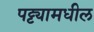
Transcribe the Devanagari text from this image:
पट्ट्यामधील